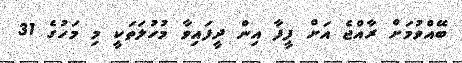
ބޭއްވުމަށް ރާއްޖެ އަށް ފީފާ އިން ދީފައިވާ މުހުލަތަކީ މި މަހުގެ 31